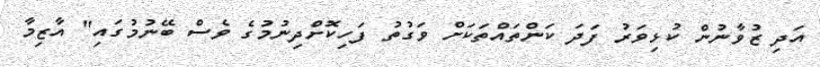
އަދި ޒުވާނުން ކުޅިވަރު ފަދަ ކަންތައްތަކަށް ވަގުތު ފަހިކޮށްދިނުމުގެ ވެސް ބޭނުމުގައި" އާޒިމާ